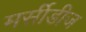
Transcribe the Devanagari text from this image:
मर्सीडीज